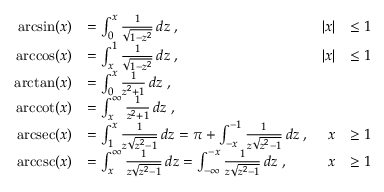
{ \begin{array} { r l r l } { \arcsin ( x ) } & { = \int _ { 0 } ^ { x } { \frac { 1 } { \sqrt { 1 - z ^ { 2 } } } } \, d z \; , } & { | x | } & { \leq 1 } \\ { \operatorname { a r c c o s } ( x ) } & { = \int _ { x } ^ { 1 } { \frac { 1 } { \sqrt { 1 - z ^ { 2 } } } } \, d z \; , } & { | x | } & { \leq 1 } \\ { \arctan ( x ) } & { = \int _ { 0 } ^ { x } { \frac { 1 } { z ^ { 2 } + 1 } } \, d z \; , } \\ { \operatorname { a r c c o t } ( x ) } & { = \int _ { x } ^ { \infty } { \frac { 1 } { z ^ { 2 } + 1 } } \, d z \; , } \\ { \operatorname { a r c s e c } ( x ) } & { = \int _ { 1 } ^ { x } { \frac { 1 } { z { \sqrt { z ^ { 2 } - 1 } } } } \, d z = \pi + \int _ { - x } ^ { - 1 } { \frac { 1 } { z { \sqrt { z ^ { 2 } - 1 } } } } \, d z \; , } & { x } & { \geq 1 } \\ { \operatorname { a r c c s c } ( x ) } & { = \int _ { x } ^ { \infty } { \frac { 1 } { z { \sqrt { z ^ { 2 } - 1 } } } } \, d z = \int _ { - \infty } ^ { - x } { \frac { 1 } { z { \sqrt { z ^ { 2 } - 1 } } } } \, d z \; , } & { x } & { \geq 1 } \end{array} }